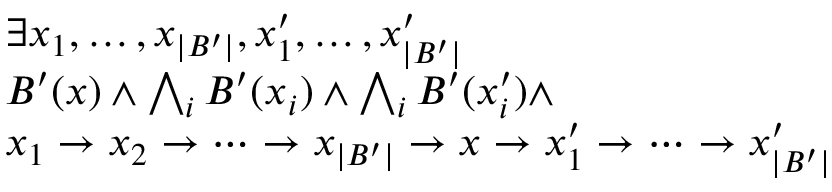
\begin{array} { r l } & { \exists x _ { 1 } , \dotsc , x _ { | B ^ { \prime } | } , x _ { 1 } ^ { \prime } , \dotsc , x _ { | B ^ { \prime } | } ^ { \prime } } \\ & { B ^ { \prime } ( x ) \wedge \bigwedge _ { i } B ^ { \prime } ( x _ { i } ) \wedge \bigwedge _ { i } B ^ { \prime } ( x _ { i } ^ { \prime } ) \wedge } \\ & { x _ { 1 } \rightarrow x _ { 2 } \rightarrow \dotsb \rightarrow x _ { | B ^ { \prime } | } \rightarrow x \rightarrow x _ { 1 } ^ { \prime } \rightarrow \dotsb \rightarrow x _ { | B ^ { \prime } | } ^ { \prime } } \end{array}